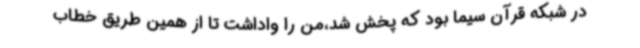
در شبکه قرآن سیما بود که پخش شد،من را واداشت تا از همین طریق خطاب